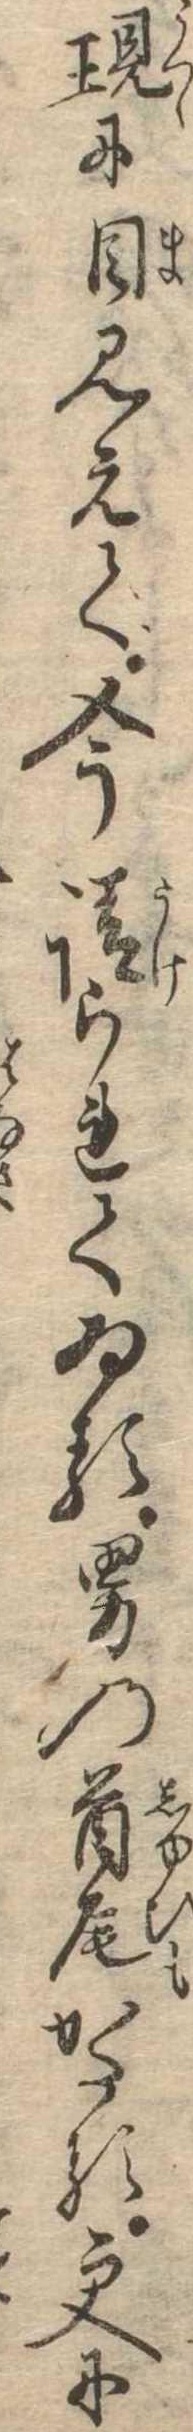
現に目見えて今請られてゐる男の首尾かたる更に